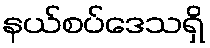
နယ်စပ်ဒေသရှိ